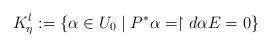
\begin{align*}K_\eta^l:=\{\alpha\in U_0\mid P^*\alpha=\restriction{d\alpha}{E}=0\}\end{align*}